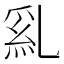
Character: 𠄂